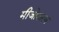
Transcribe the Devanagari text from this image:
मीजोकरण